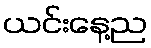
ယင်းနေ့ည